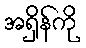
အရှိန်ကို